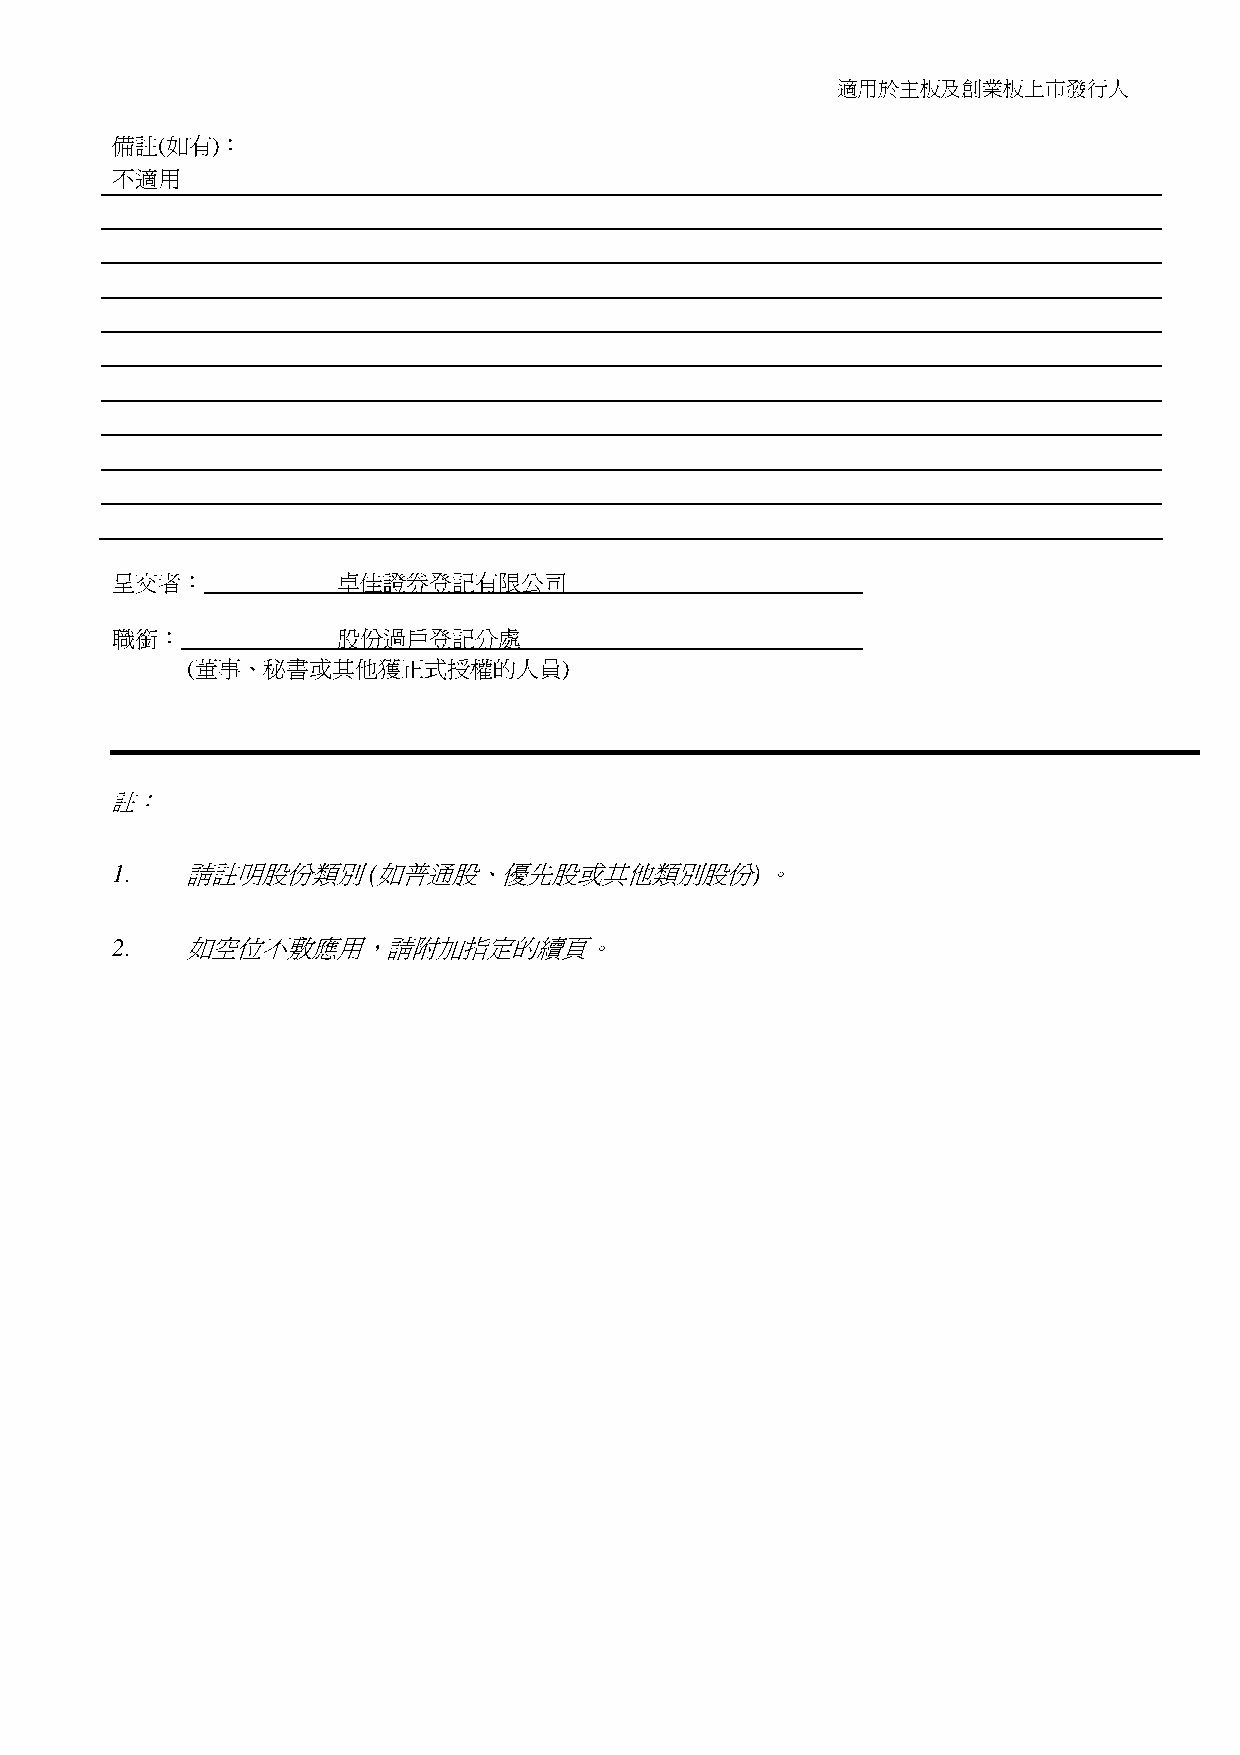
適用於主板及創業板上市發行人
 備註(如有)：
 不適用
 呈交者：           卓佳證券登記有限公司
 職銜：            股份過戶登記分處
 (董事、秘書或其他獲正式授權的人員)
 註：
 1.   請註明股份類別     (如普通股、優先股或其他類別股份)          。
 2.   如空位不敷應用，請附加指定的續頁。